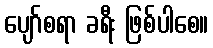
ပျော်စရာ ခရီး ဖြစ်ပါစေ။